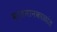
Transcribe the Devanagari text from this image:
वर्तमानकाळांत